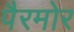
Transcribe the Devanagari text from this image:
पैरमोर